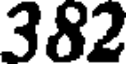
382